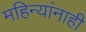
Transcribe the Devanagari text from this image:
महिन्यांनाही